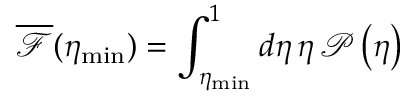
\overline { { \mathcal { F } } } ( \eta _ { \mathrm { m i n } } ) = \int _ { \eta _ { \mathrm { m i n } } } ^ { 1 } d \eta \, \eta \, \mathcal { P } \left( \eta \right)